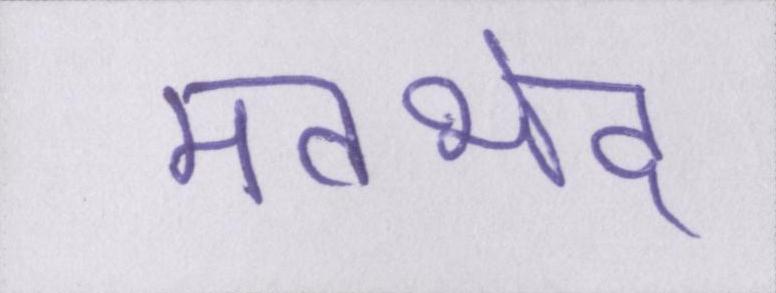
मतभेद